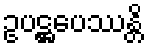
ဥပဋ္ဌပေဿန္တိ